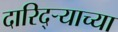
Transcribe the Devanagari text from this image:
दारिद्ऱ्याच्या